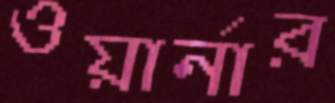
ওয়ার্নার